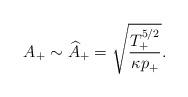
LaTeX: \begin{align*}A_+ \sim \widehat{A}_+ = \sqrt{\frac{T_{+}^{5/2}}{\kappa p_{+}}}.\end{align*}